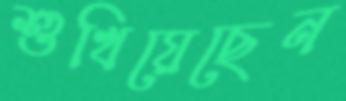
শুখিয়েছেন